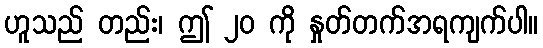
ဟူသည် တည်း၊ ဤ ၂၀ ကို နှုတ်တက်အရကျက်ပါ။